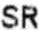
SR